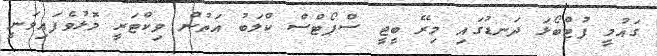
ގައުމީ ފުޓްބޯޅަ ދަނޑުގައި މިރޭ ބީޖީ ސްޕޯޓްސް ކްލަބު އަތުން ވިކްޓަރީ މޮޅުވެފައިވަނީ